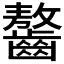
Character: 𪙠